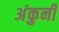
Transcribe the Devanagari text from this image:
अंकुनी